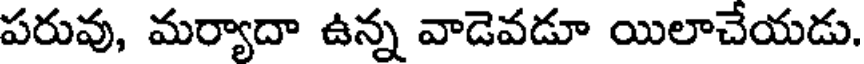
పరువు, మర్యాదా ఉన్న వాడెవడూ యిలాచేయడు.